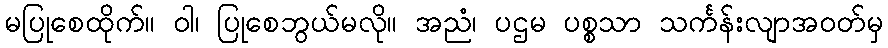
မပြုစေထိုက်။ ဝါ၊ ပြုစေဘွယ်မလို။ အညံ၊ ပဌမ ပစ္စသာ သင်္ကန်းလျာအဝတ်မှ